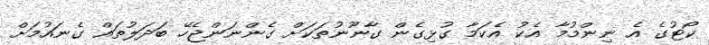
ކޯޓުގެ އެ ނިންމުމާ އެކު އެކަމާ ގުޅިގެން ގާނޫނުތަކަށް ގެންނަންޖެހޭ ބަދަލުތައް ގެނައުމަށް